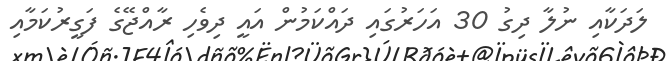
ލަދަކާއި ނުލާ ދިގު 30 އަހަރުގައި ދައްކަމުން އައީ ދިވެހި ރާއްޖޭގެ ފަގީރުކަމާއި